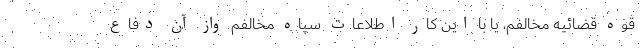
قوه قضائیه مخالفم، یا با این کار اطلاعات سپاه مخالفم واز آن دفاع